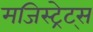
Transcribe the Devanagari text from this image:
मजिस्ट्रेट्स